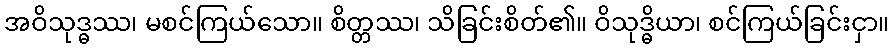
အဝိသုဒ္ဓဿ၊ မစင်ကြယ်သော။ စိတ္တဿ၊ သိခြင်းစိတ်၏။ ဝိသုဒ္ဓိယာ၊ စင်ကြယ်ခြင်းငှာ။